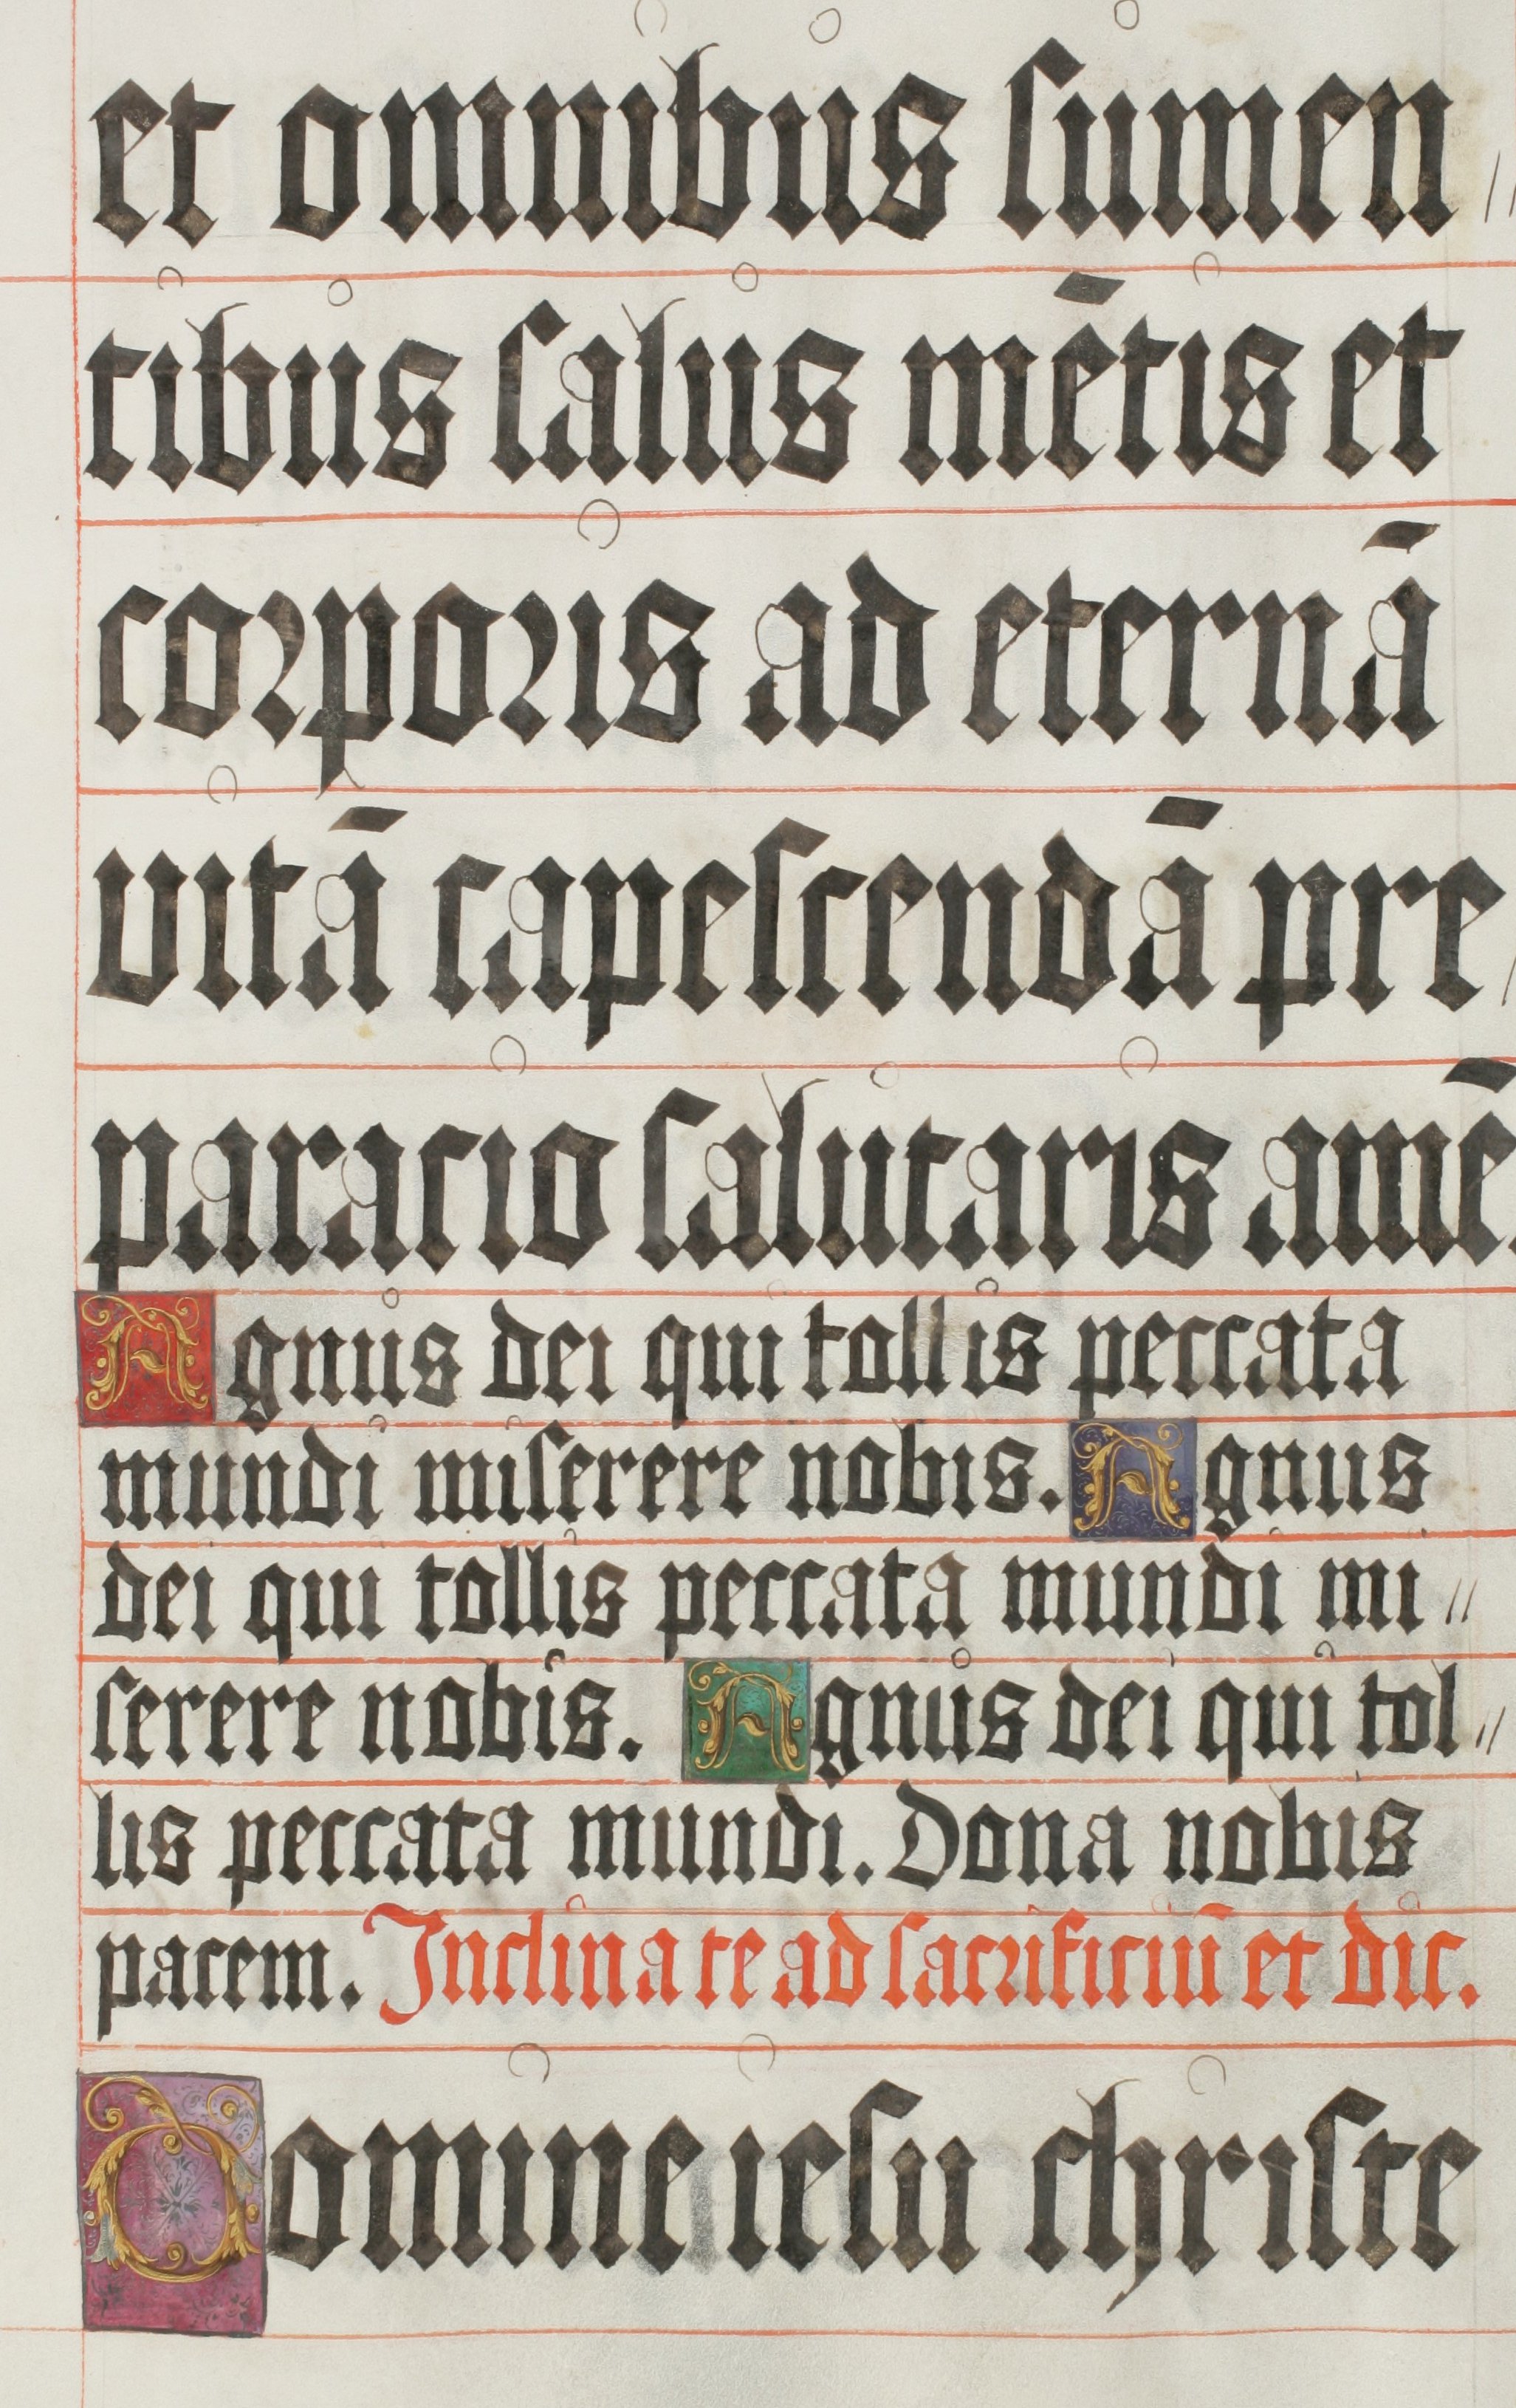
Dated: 1500–1599